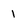
Character: 1